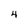
Character: 4